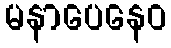
မနာပေနေဝ